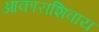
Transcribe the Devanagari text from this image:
आकाराशिवाय